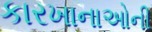
કારખાનાઓની